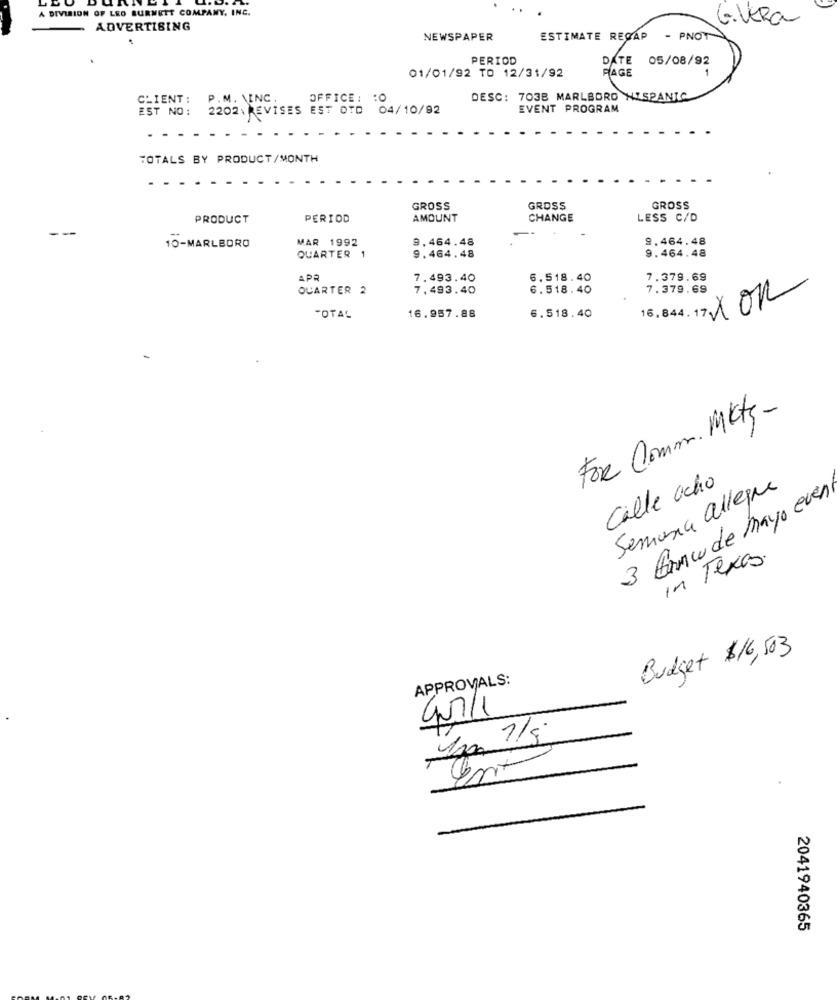
A DIVISION OF LEO BURNETT COMPANY, INC.
G.VERa
ADVERTISING
NEWSPAPER
ESTIMATE RECAP
PNOT
PERIOD
DATE 05/08/92
01/01/92 TO 12/31/92
PAGE
CLIENT:
P. M. \INC
OFFICE: : 0
DESC: 703B MARLBORO HISPANIC
EST NO:
2202\ REVISES EST OTD
04/10/92
EVENT PROGRAM
TOTALS BY PRODUCT/MONTH
GROSS
GROSS
GROSS
PRODUCT
PERIOD
AMOUNT
CHANGE
LESS C/D
--
MAR 1992
9.464.48
10-MARLBORO
9.464.48
QUARTER
9.464.48
9.464.48
APR
7.493.40
6.518.40
7.379.69
QUARTER 2
7,493.40
6.518.40
7.379.69
16,844. 17 XOR
TOTAL
16.957.88
6.518.40
For Comm. Mktg -
Calle ocho
Semana allegre
3 Gnaw de mayo even
in Texas.
Budget $16, 503
APPROVALS:
GU7/1
2041940365